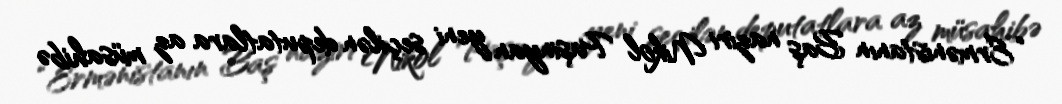
“Ermənistanın Baş naziri Nikol Paşinyan yeni seçilən deputatlara az müsahibə